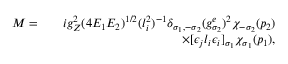
\begin{array} { r l r } { { \cal M } = } & { } & { i g _ { Z } ^ { 2 } ( 4 E _ { 1 } E _ { 2 } ) ^ { 1 / 2 } ( l _ { i } ^ { 2 } ) ^ { - 1 } \delta _ { \sigma _ { 1 } , - \sigma _ { 2 } } ( g _ { \sigma _ { 2 } } ^ { e } ) ^ { 2 } \chi _ { - \sigma _ { 2 } } ( p _ { 2 } ) } \\ & { } & { \times [ \epsilon _ { j } l _ { i } \epsilon _ { i } ] _ { \sigma _ { 1 } } \chi _ { \sigma _ { 1 } } ( p _ { 1 } ) , } \end{array}